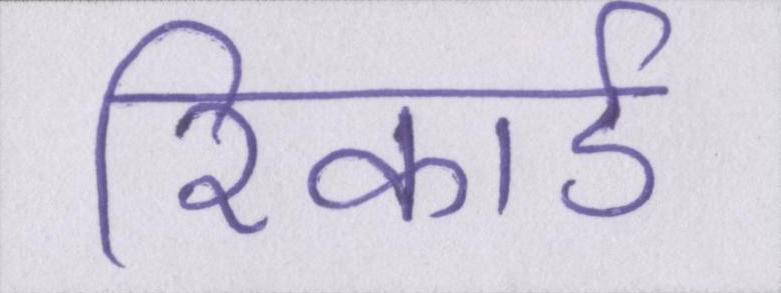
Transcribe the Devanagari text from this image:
रिकार्ड